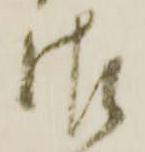
御